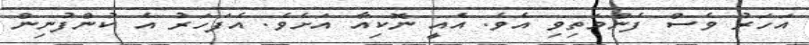
އަހަރު ވެސް ފެންމަތިވި އެވެ. އެއީ ނޮކިއާ އަށެވެ. އެފަހަރު އެ ކުންފުނިން